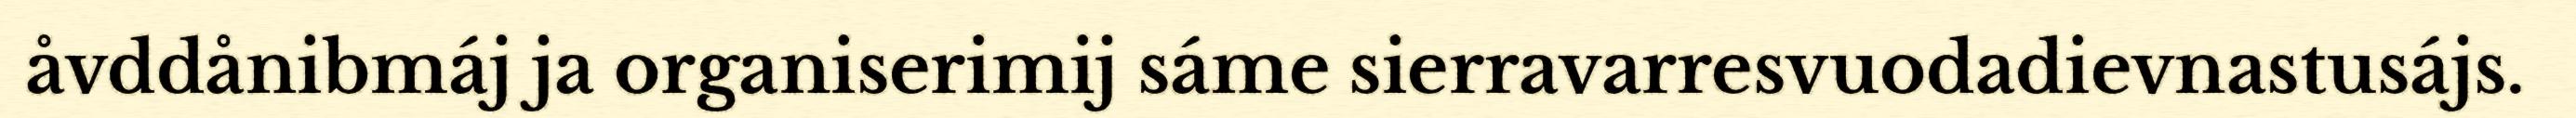
åvddånibmáj ja organiserimij sáme sierravarresvuodadievnastusájs.